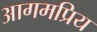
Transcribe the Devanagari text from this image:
आगमप्रिय